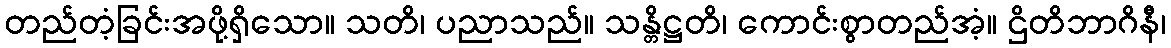
တည်တံ့ခြင်းအဖို့ရှိသော။ သတိ၊ ပညာသည်။ သန္တိဋ္ဌတိ၊ ကောင်းစွာတည်အံ့။ ဌိတိဘာဂိနီ၊